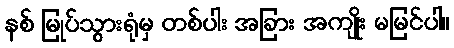
နစ် မြုပ်သွားရုံမှ တစ်ပါး အခြား အကျိုး မမြင်ပါ။